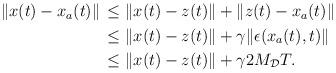
LaTeX: \begin{align*}\begin{aligned}\|x(t)-x_a(t)\| &\,\le \|x(t)-z(t)\| + \|z(t)-x_a(t)\| \\&\, \le \|x(t)-z(t)\|+\gamma \|\epsilon(x_a(t),t)\| \\&\, \le \|x(t)-z(t)\|+\gamma 2M_\mathcal{D} T.\end{aligned}\end{align*}